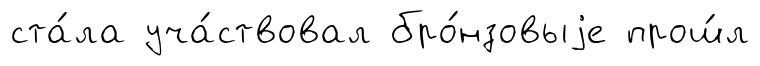
ста́ла уча́ствовал бро́нзовыjе прош́л